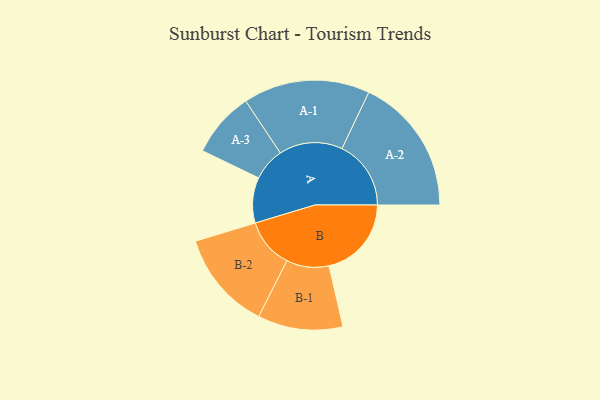
{"axis": {"x": "Segment", "y": "Value"}, "legend": ["", "A", "B"], "data": [{"x": "A", "y": 153, "type": ""}, {"x": "B", "y": 277, "type": ""}, {"x": "A-1", "y": 213, "type": "A"}, {"x": "A-2", "y": 232, "type": "A"}, {"x": "A-3", "y": 110, "type": "A"}, {"x": "B-1", "y": 143, "type": "B"}, {"x": "B-2", "y": 167, "type": "B"}]}